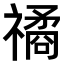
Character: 𥛯